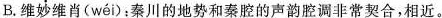
B.维妙维肖(wéi):秦川的地势和秦腔的声韵腔调非常契合，相近。